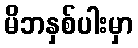
မိဘနှစ်ပါးမှာ